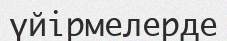
үйірмелерде